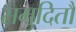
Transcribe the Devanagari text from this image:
समुदितौ